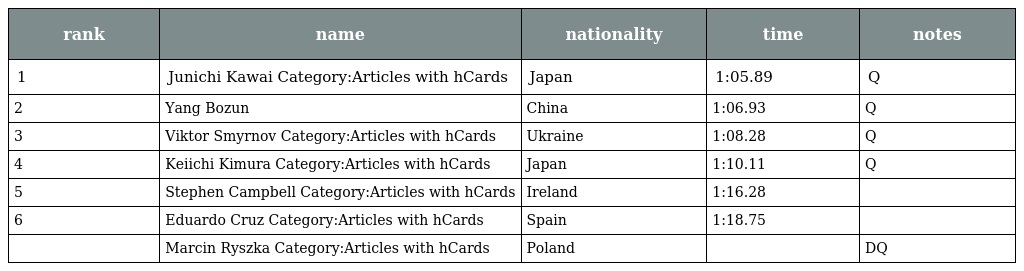
| rank | name | nationality | time | notes |
 | --- | --- | --- | --- | --- |
 | 1 | Junichi Kawai Category:Articles with hCards | Japan | 1:05.89 | Q |
 | 2 | Yang Bozun | China | 1:06.93 | Q |
 | 3 | Viktor Smyrnov Category:Articles with hCards | Ukraine | 1:08.28 | Q |
 | 4 | Keiichi Kimura Category:Articles with hCards | Japan | 1:10.11 | Q |
 | 5 | Stephen Campbell Category:Articles with hCards | Ireland | 1:16.28 |  |
 | 6 | Eduardo Cruz Category:Articles with hCards | Spain | 1:18.75 |  |
 |  | Marcin Ryszka Category:Articles with hCards | Poland |  | DQ |